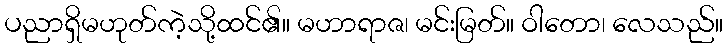
ပညာရှိမဟုတ်ကဲ့သို့ထင်၏။ မဟာရာဇ၊ မင်းမြတ်။ ဝါတော၊ လေသည်။